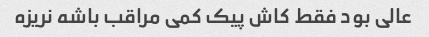
عالی بود فقط کاش پیک کمی مراقب باشه نریزه